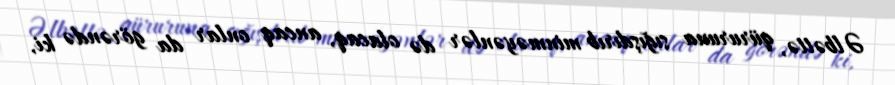
Əlbəttə, qüruruna sığışdırıb minməyənlər də olacaq, ancaq onlar da görəndə ki,